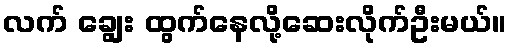
လက် ချွေး ထွက်နေလို့ဆေးလိုက်ဦးမယ်။